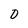
Character: D